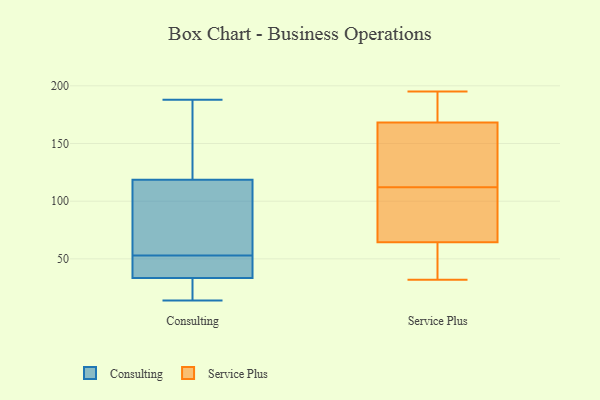
{"axis": {"x": "Customer Acquisition Cost (USD)", "y": "Value"}, "legend": ["Consulting", "Service Plus"], "data": [{"x": "", "y": 188, "type": "Consulting"}, {"x": "", "y": 45, "type": "Consulting"}, {"x": "", "y": 36, "type": "Consulting"}, {"x": "", "y": 84, "type": "Consulting"}, {"x": "", "y": 112, "type": "Consulting"}, {"x": "", "y": 14, "type": "Consulting"}, {"x": "", "y": 45, "type": "Consulting"}, {"x": "", "y": 31, "type": "Consulting"}, {"x": "", "y": 61, "type": "Consulting"}, {"x": "", "y": 14, "type": "Consulting"}, {"x": "", "y": 125, "type": "Consulting"}, {"x": "", "y": 154, "type": "Consulting"}, {"x": "", "y": 32, "type": "Service Plus"}, {"x": "", "y": 142, "type": "Service Plus"}, {"x": "", "y": 191, "type": "Service Plus"}, {"x": "", "y": 36, "type": "Service Plus"}, {"x": "", "y": 195, "type": "Service Plus"}, {"x": "", "y": 66, "type": "Service Plus"}, {"x": "", "y": 116, "type": "Service Plus"}, {"x": "", "y": 92, "type": "Service Plus"}, {"x": "", "y": 64, "type": "Service Plus"}, {"x": "", "y": 112, "type": "Service Plus"}, {"x": "", "y": 177, "type": "Service Plus"}]}